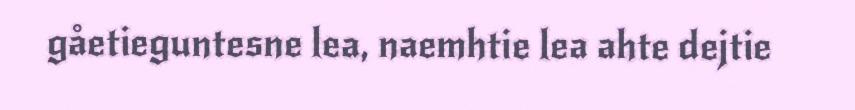
gåetieguntesne lea, naemhtie lea ahte dejtie